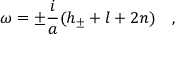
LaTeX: \omega = \pm \frac { i } { a } ( h _ { \pm } + l + 2 n ) \quad ,